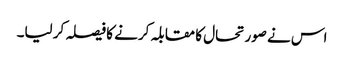
اس نے صورتحال کا مقابلہ کرنے کا فیصلہ کر لیا۔